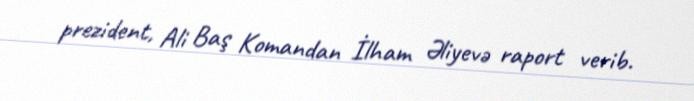
prezident, Ali Baş Komandan İlham Əliyevə raport verib.